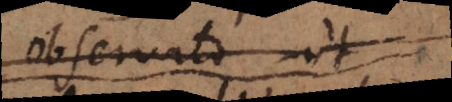
observato, ut